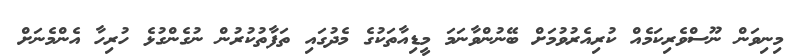
މިނިވަން ނޫސްވެރިކަމެއް ކުރިއެރުވުމަށް ބޭނުންވާނަމަ މީޑިއާތަކުގެ މެދުގައި ތަފާތުކުރުން ނުގެންގުޅެ ހުރިހާ އެންމެނަށް